Punjab Mental Hospital Lahore 1922-31 - 1922-1931
Year: 1922
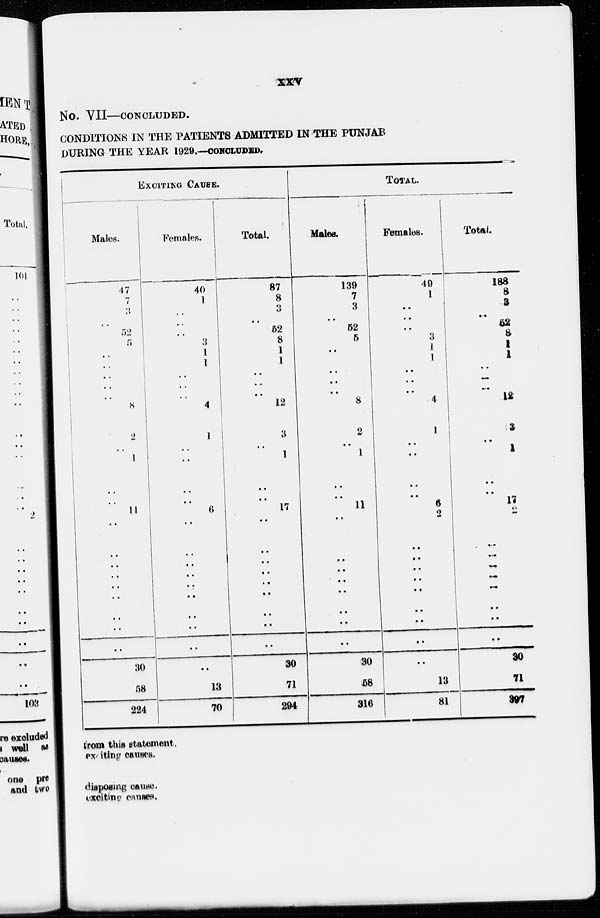
xxv
No. VII—CONCLUDED.
CONDITIONS IN THE PATIENTS ADMITTED IN THE PUNJAB
DURING THE YEAR 1929.—CONCLUDED.
EXCITING CAUSE.
Males.
47
7
3
..
52
5
..
..
..
..
..
8
2
..
1
..
..
11
..
..
..
..
..
..
..
..
..
30
58
224
Females.
40
1
..
..
3
1
1
..
..
..
4
1
..
..
..
..
6
..
..
..
..
..
..
..
..
..
..
13
70
Total.
87
8
3
..
52
8
1
1
..
..
..
12
3
..
1
..
..
17
..
..
..
..
..
..
..
..
..
30
71
294
TOTAL.
Males.
130
7
3
..
52
5
..
..
..
..
8
2
..
1
..
..
11
..
..
..
..
..
..
..
..
30
58
316
Females.
40
1
..
..
3
1
1
..
..
..
4
1
..
..
..
..
6
2
..
..
..
..
..
..
..
..
..
13
81
Total.
188
8
3
..
52
8
1
1
..
..
..
12
3
..
1
..
..
17
2
...
...
...
...
...
. .
..
..
30
71
397
from this statement.
exciting causes.
disposing cause.
exciting causes.